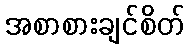
အစာစားချင်စိတ်